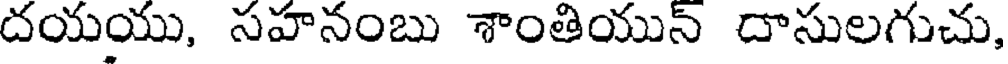
దయయు, సహనంబు శాంతియున్ దాసులగుచు,